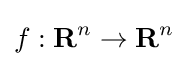
f:\mathbf {R} ^{n}\rightarrow \mathbf {R} ^{n}